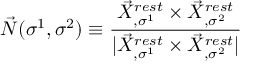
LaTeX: \vec { N } ( \sigma ^ { 1 } , \sigma ^ { 2 } ) \equiv \frac { \vec { X } _ { , \sigma ^ { 1 } } ^ { r e s t } \times \vec { X } _ { , \sigma ^ { 2 } } ^ { r e s t } } { | \vec { X } _ { , \sigma ^ { 1 } } ^ { r e s t } \times \vec { X } _ { , \sigma ^ { 2 } } ^ { r e s t } | }